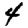
Digit: 4